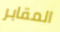
المقابر